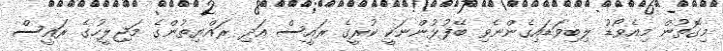
މިގޮތުން މިއެވޯޑު ލިބިވަޑައިގެންނެވި ބޭފުޅުންނަކީ ކުރީގެ ރައީސް އަދި ރައްޔިތުންގެ މަޖިލީހުގެ ރައީސް